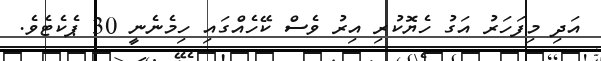
އަދި މިފަހަރު އަގު ހެޔޮކުރި އިރު ވެސް ކޭހެއްގައި ހިމެނެނީ 30 ޕެކެޓެވެ.